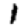
Digit: 1